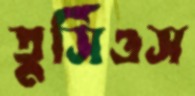
তুর্সিওস